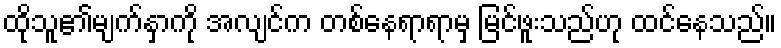
ထိုသူ၏မျက်နှာကို အလျင်က တစ်နေရာရာမှ မြင်ဖူးသည်ဟု ထင်နေသည်။